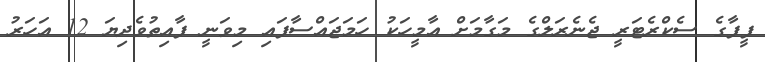
ފީފާގެ ސެކްރެޓަރީ ޖެނެރަލްގެ މަގާމަށް އާމީހަކު ހަމަޖައްސާފައި މިވަނީ ފާއިތުވެދިޔަ 12 އަހަރު